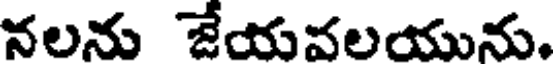
నలను జేయవలయును.